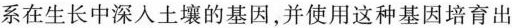
系在生长中深入土壤的基因，并使用这种基因培育出